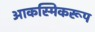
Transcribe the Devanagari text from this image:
आकस्मिकरूप